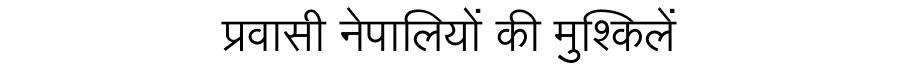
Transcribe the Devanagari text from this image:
प्रवासी नेपालियों की मुश्किलें